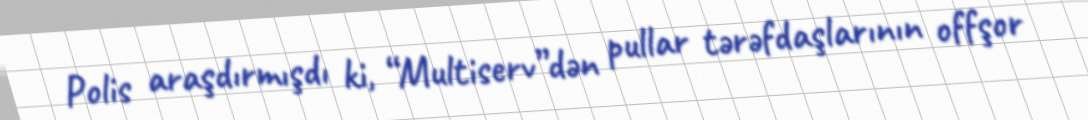
Polis araşdırmışdı ki, “Multiserv”dən pullar tərəfdaşlarının offşor